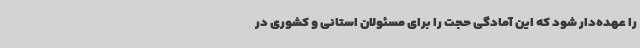
را عهده‌دار شود که این آمادگی حجت را برای مسئولان استانی و کشوری در